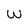
Character: W